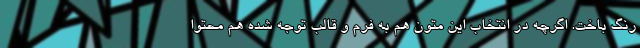
رنگ باخت. اگرچه در انتخاب این متون هم به فرم و قالب توجه شده هم محتوا